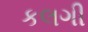
કલગી